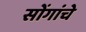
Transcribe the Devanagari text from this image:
सोंगांचे